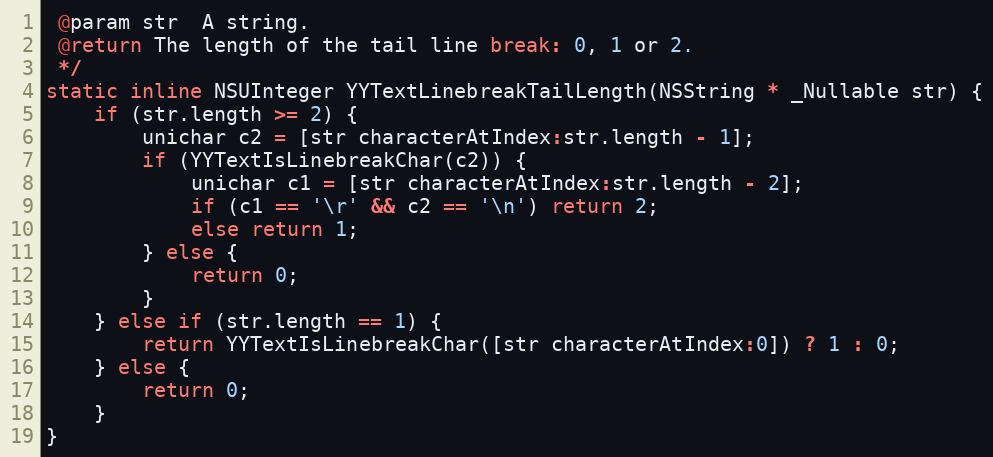
Language: C
 @param str  A string.
 @return The length of the tail line break: 0, 1 or 2.
 */
static inline NSUInteger YYTextLinebreakTailLength(NSString * _Nullable str) {
    if (str.length >= 2) {
        unichar c2 = [str characterAtIndex:str.length - 1];
        if (YYTextIsLinebreakChar(c2)) {
            unichar c1 = [str characterAtIndex:str.length - 2];
            if (c1 == '\r' && c2 == '\n') return 2;
            else return 1;
        } else {
            return 0;
        }
    } else if (str.length == 1) {
        return YYTextIsLinebreakChar([str characterAtIndex:0]) ? 1 : 0;
    } else {
        return 0;
    }
}